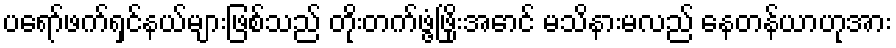
ပရော်ဖက်ရှင်နယ်များဖြစ်သည် တိုးတက်ဖွံ့ဖြိုးအောင် မသိနားမလည် နေတန်ယာဟုအား